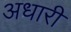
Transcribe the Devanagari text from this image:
अधारी